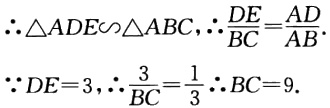
\(\therefore\triangle ADE\sim\triangle ABC,\therefore\frac{DE}{BC}=\frac{AD}{AB}.\)

\(\because DE = 3,\therefore\frac{3}{BC}=\frac{1}{3}\therefore BC = 9.\)